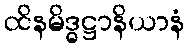
ထိနမိဒ္ဓဋ္ဌာနိယာနံ